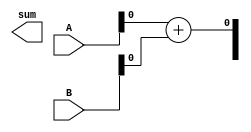
module fixed_point_adder (
    input [7:0] A,
    input [7:0] B,
    output reg [8:0] sum
);

reg carry_out;

assign sum[0] = A[0] + B[0];
assign sum[8:1] = A[8:1] + B[8:1] + carry_out;

always @ (A or B) begin
    if ((A[7] & B[7] & ~sum[7]) | (~A[7] & ~B[7] & sum[7])) begin
        carry_out <= 1;
    end else begin
        carry_out <= 0;
    end
end

endmodule